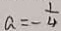
a = - \frac { 1 } { 4 }